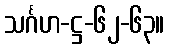
သင်္ဂဟ-ဋ္ဌ-၆၂-၆၃။